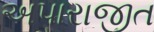
અપારાજીત